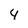
Character: 4